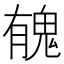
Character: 𩲾